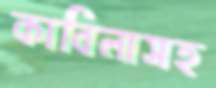
কাবিলাসহ